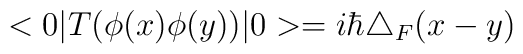
<0|T(\phi(x)\phi(y))|0>=i\hbar\triangle_{F}(x-y)